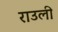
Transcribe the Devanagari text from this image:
राउली